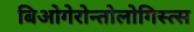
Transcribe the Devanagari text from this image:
बिओगेरोन्तोलोगिस्त्स